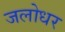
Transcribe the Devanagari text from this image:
जलोधर